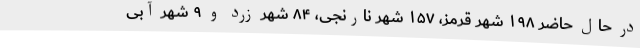
در حال حاضر ۱۹۸ شهر قرمز، ۱۵۷ شهر نارنجی، ۸۴ شهر زرد و ۹ شهر آبی